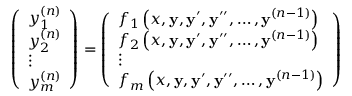
{ \left( \begin{array} { l } { y _ { 1 } ^ { ( n ) } } \\ { y _ { 2 } ^ { ( n ) } } \\ { \vdots } \\ { y _ { m } ^ { ( n ) } } \end{array} \right) } = { \left( \begin{array} { l } { f _ { 1 } \left( x , \mathbf { y } , \mathbf { y } ^ { \prime } , \mathbf { y } ^ { \prime \prime } , \ldots , \mathbf { y } ^ { ( n - 1 ) } \right) } \\ { f _ { 2 } \left( x , \mathbf { y } , \mathbf { y } ^ { \prime } , \mathbf { y } ^ { \prime \prime } , \ldots , \mathbf { y } ^ { ( n - 1 ) } \right) } \\ { \vdots } \\ { f _ { m } \left( x , \mathbf { y } , \mathbf { y } ^ { \prime } , \mathbf { y } ^ { \prime \prime } , \ldots , \mathbf { y } ^ { ( n - 1 ) } \right) } \end{array} \right) }